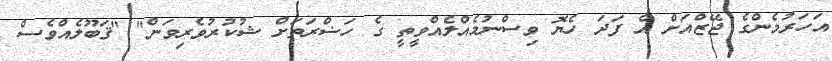
އަހަރުމެންގެ ޖޭޒްއަށް އެ ފަދަ ހެޔޮ ވިސްނުމެއްލެއްވީތީ ގެ ހަޟްރަތަށް ޝުކުރުވެރިވަން" "ޤަބޫލެއްވެސް